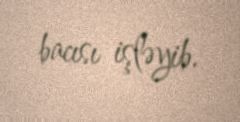
bacısı işləyib.